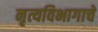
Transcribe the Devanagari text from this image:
नृत्यविभागाचे